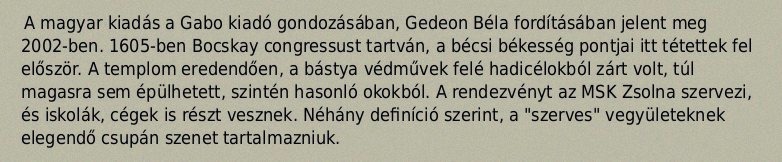
A magyar kiadás a Gabo kiadó gondozásában, Gedeon Béla fordításában jelent meg 2002-ben. 1605-ben Bocskay congressust tartván, a bécsi békesség pontjai itt tétettek fel először. A templom eredendően, a bástya védművek felé hadicélokból zárt volt, túl magasra sem épülhetett, szintén hasonló okokból. A rendezvényt az MSK Zsolna szervezi, és iskolák, cégek is részt vesznek. Néhány definíció szerint, a "szerves" vegyületeknek elegendő csupán szenet tartalmazniuk.